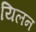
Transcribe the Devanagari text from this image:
यिलन